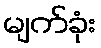
မျက်ခုံး